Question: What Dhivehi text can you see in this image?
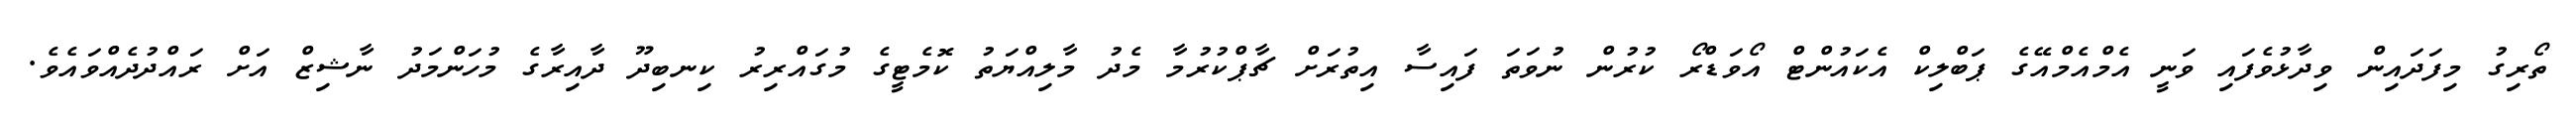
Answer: ތޯރިގު މިފަދައިން ވިދާޅުވެފައި ވަނީ އެމްއެމްއޭގެ ޕަބްލިކް އެކައުންޓް އޯވަޑްރޯ ކުރުން ނުވަތަ ފައިސާ އިތުރަށް ޗާޕްކުރުމާ މެދު މާލިއްޔަތު ކޮމެޓީގެ މުގައްރިރު ކިނބިދޫ ދާއިރާގެ މުހަންމަދު ނާޝިޒް އަށް ރައްދުދެއްވައެވެ.